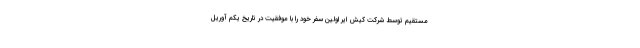
مستقیم توسط شرکت کیش ایر اولین سفر خود را با موفقیت در تاریخ یکم آوریل